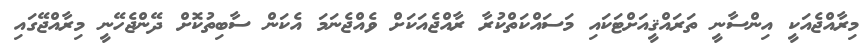
މިރާއްޖެއަކީ އިންސާނީ ތަރައްޤީއަށްޓަކައި މަސައްކަތްކުރާ ރާއްޖެއަކަށް ވެއްޖެނަމަ އެކަން ސާބިތުކޮށް ދޭންޖެހޭނީ މިރާއްޖޭގައި